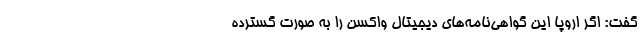
گفت: اگر اروپا این گواهی‌نامه‌های دیجیتال واکسن را به صورت گسترده